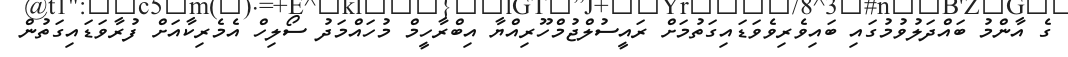
ގެ އާންމު ބައްދަލުވުމުގައި ބައިވެރިވެވަޑައިގަތުމަށް ރައީސުލްޖުމްހޫރިއްޔާ އިބްރާހީމް މުހައްމަދު ސޯލިހް އެމެރިކާއަށް ފުރާވަޑައިގަތުން